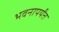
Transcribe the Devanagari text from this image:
भवनापर्यंत